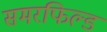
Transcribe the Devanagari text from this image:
समरफिल्ड